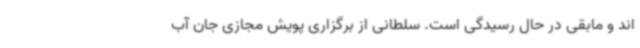
اند و مابقی در حال رسیدگی است. سلطانی از برگزاری پویش مجازی جان آب